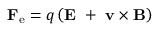
\mathbf { F _ { \mathrm { e } } } = q \left( \mathbf { E } \ + \ \mathbf { v } \times \mathbf { B } \right)